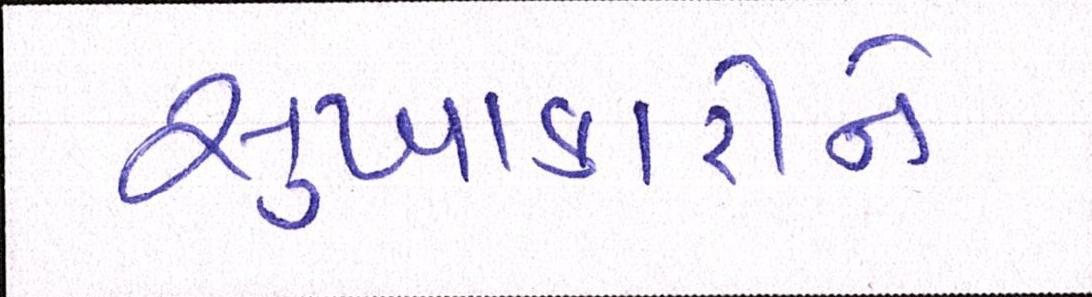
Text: સુખાકારીને